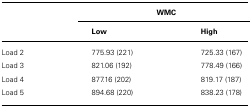
|  | <COLSPAN=2> WMC |
 |  | Low | High |
 | --- | --- | --- |
 | Load 2 | 775.93 (221) | 725.33 (167) |
 | Load 3 | 821.06 (192) | 778.49 (166) |
 | Load 4 | 877.16 (202) | 819.17 (187) |
 | Load 5 | 894.68 (220) | 838.23 (178) |